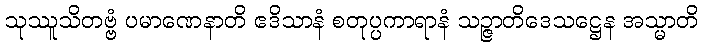
သုဿူသိတဗ္ဗံ ပမာဏေနာတိ ဧဒိသာနံ စတုပ္ပကာရာနံ သဉ္ဇာတိဒေသဋ္ဌေန အသ္မာတိ